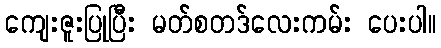
ကျေးဇူးပြုပြီး မတ်စတဒ်လေးကမ်း ပေးပါ။